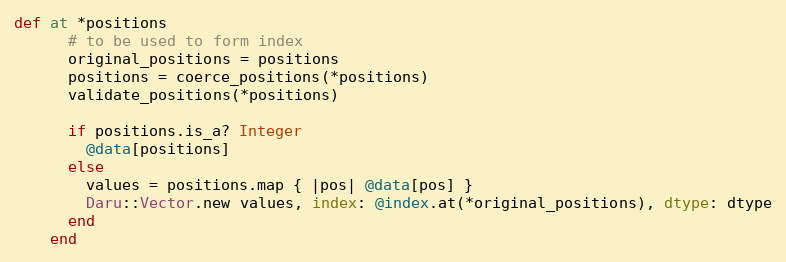
Language: Ruby
def at *positions
      # to be used to form index
      original_positions = positions
      positions = coerce_positions(*positions)
      validate_positions(*positions)

      if positions.is_a? Integer
        @data[positions]
      else
        values = positions.map { |pos| @data[pos] }
        Daru::Vector.new values, index: @index.at(*original_positions), dtype: dtype
      end
    end